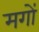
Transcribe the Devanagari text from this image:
मगों